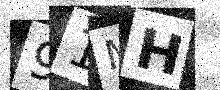
Text: 91MH